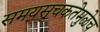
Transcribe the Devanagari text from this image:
समयसूचकतेमुळेच